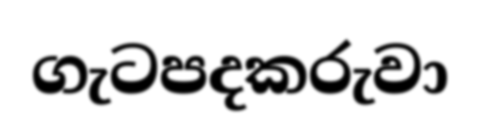
ගැටපදකරුවා